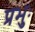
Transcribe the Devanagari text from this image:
प्रभुः